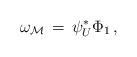
LaTeX: \begin{align*}\omega_{\mathcal M}\,=\, \psi^*_U\Phi_1\, ,\end{align*}